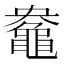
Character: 𮮤